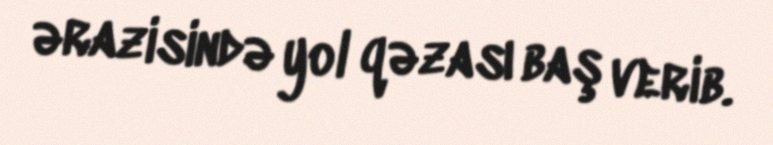
ərazisində yol qəzası baş verib.